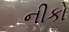
નીકો